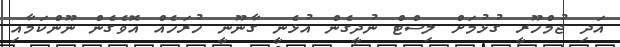
އަދި ޖުމްހޫރީ ގުޅުމަށް ލިސްޓް ނުދީގެން އުޅެނީ ގާނޫނީ ހުރަހެއް އޮވެގެން ނޫންކަމާއި